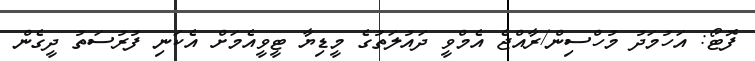
ފޮޓޯ: އަހުމަދު މުހްސިން/ރާއްޖެ އެމްވީ ދައުލަތުގެ މީޑިޔާ ޓީވީއެމަށް އެކަނި ފުރުސަތު ދީގެން